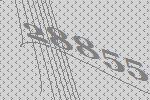
28855